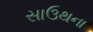
સાઉથના